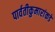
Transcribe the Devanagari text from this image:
पार्वतीकुमारांकडे